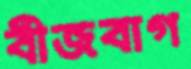
বীজবাগ